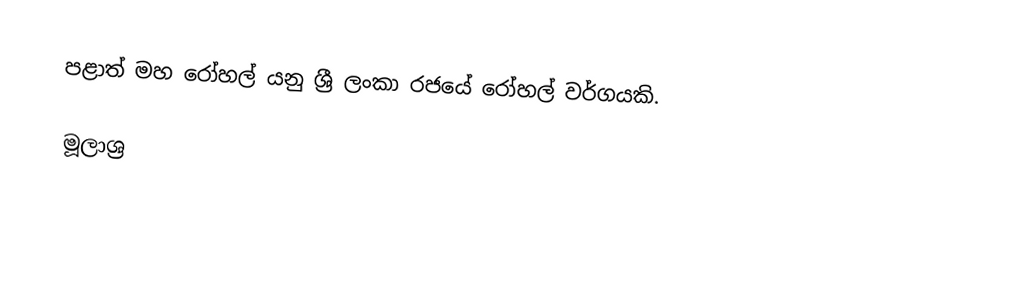
පළාත් මහ රෝහල් යනු ශ්‍රී ලංකා රජයේ රෝහල් වර්ගයකි.

මූලාශ්‍ර